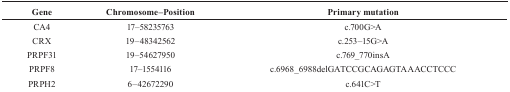
<table><thead><tr><td><b>Gene</b></td><td><b>Chromosome–Position</b></td><td><b>Primary mutation</b></td></tr></thead><tbody><tr><td>CA4</td><td>17–58235763</td><td>c.700G&gt;A</td></tr><tr><td>CRX</td><td>19–48342562</td><td>c.253–15G&gt;A</td></tr><tr><td>PRPF31</td><td>19–54627950</td><td>c.769_770insA</td></tr><tr><td>PRPF8</td><td>17–1554116</td><td>c.6968_6988delGATCCGCAGAGTAAACCTCCC</td></tr><tr><td>PRPH2</td><td>6–42672290</td><td>c.641C&gt;T</td></tr></tbody></table>